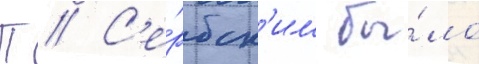
П // С'е́рбск'им бы́ло